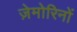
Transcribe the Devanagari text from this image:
ज़ेमोरिनों